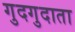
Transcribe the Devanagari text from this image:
गुदगुदाता